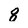
Character: 8